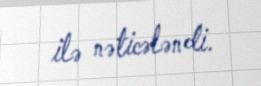
ilə nəticələndi.